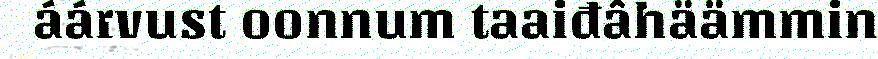
áárvust oonnum taaiđâhäämmin